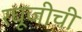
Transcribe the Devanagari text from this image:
रघूजीची